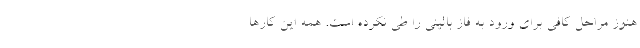
هنوز مراحل کافی برای ورود به فاز بالینی را طی نکرده است. همه این کارها